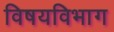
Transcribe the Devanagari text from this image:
विषयविभाग